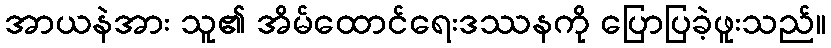
အာယနဲအား သူ၏ အိမ်ထောင်ရေးဒဿနကို ပြောပြခဲ့ဖူးသည်။